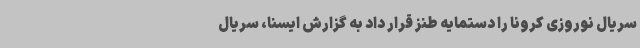
سریال نوروزی کرونا را دستمایه طنز قرار داد به گزارش ایسنا، سریال